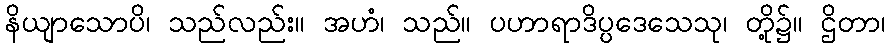
နိယျာသောပိ၊ သည်လည်း။ အဟံ၊ သည်။ ပဟာရာဒိပ္ပဒေသေသု၊ တို့၌။ ဌိတာ၊